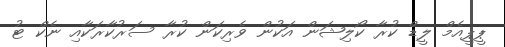
ޕީޕީއެމް ލީޑް ކުރާ ކޯލިޝަން އަކުން ވެރިކަން ކުރާ ސަރުކާރަކާއި ނެކް ޓު